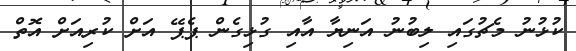
ކުޅުނު މެޗުގައި ލިބުނު އަނިޔާ އާއި ގުޅިގެން ޕެޕޭ އަށް ކުރިއަށް އޮތް